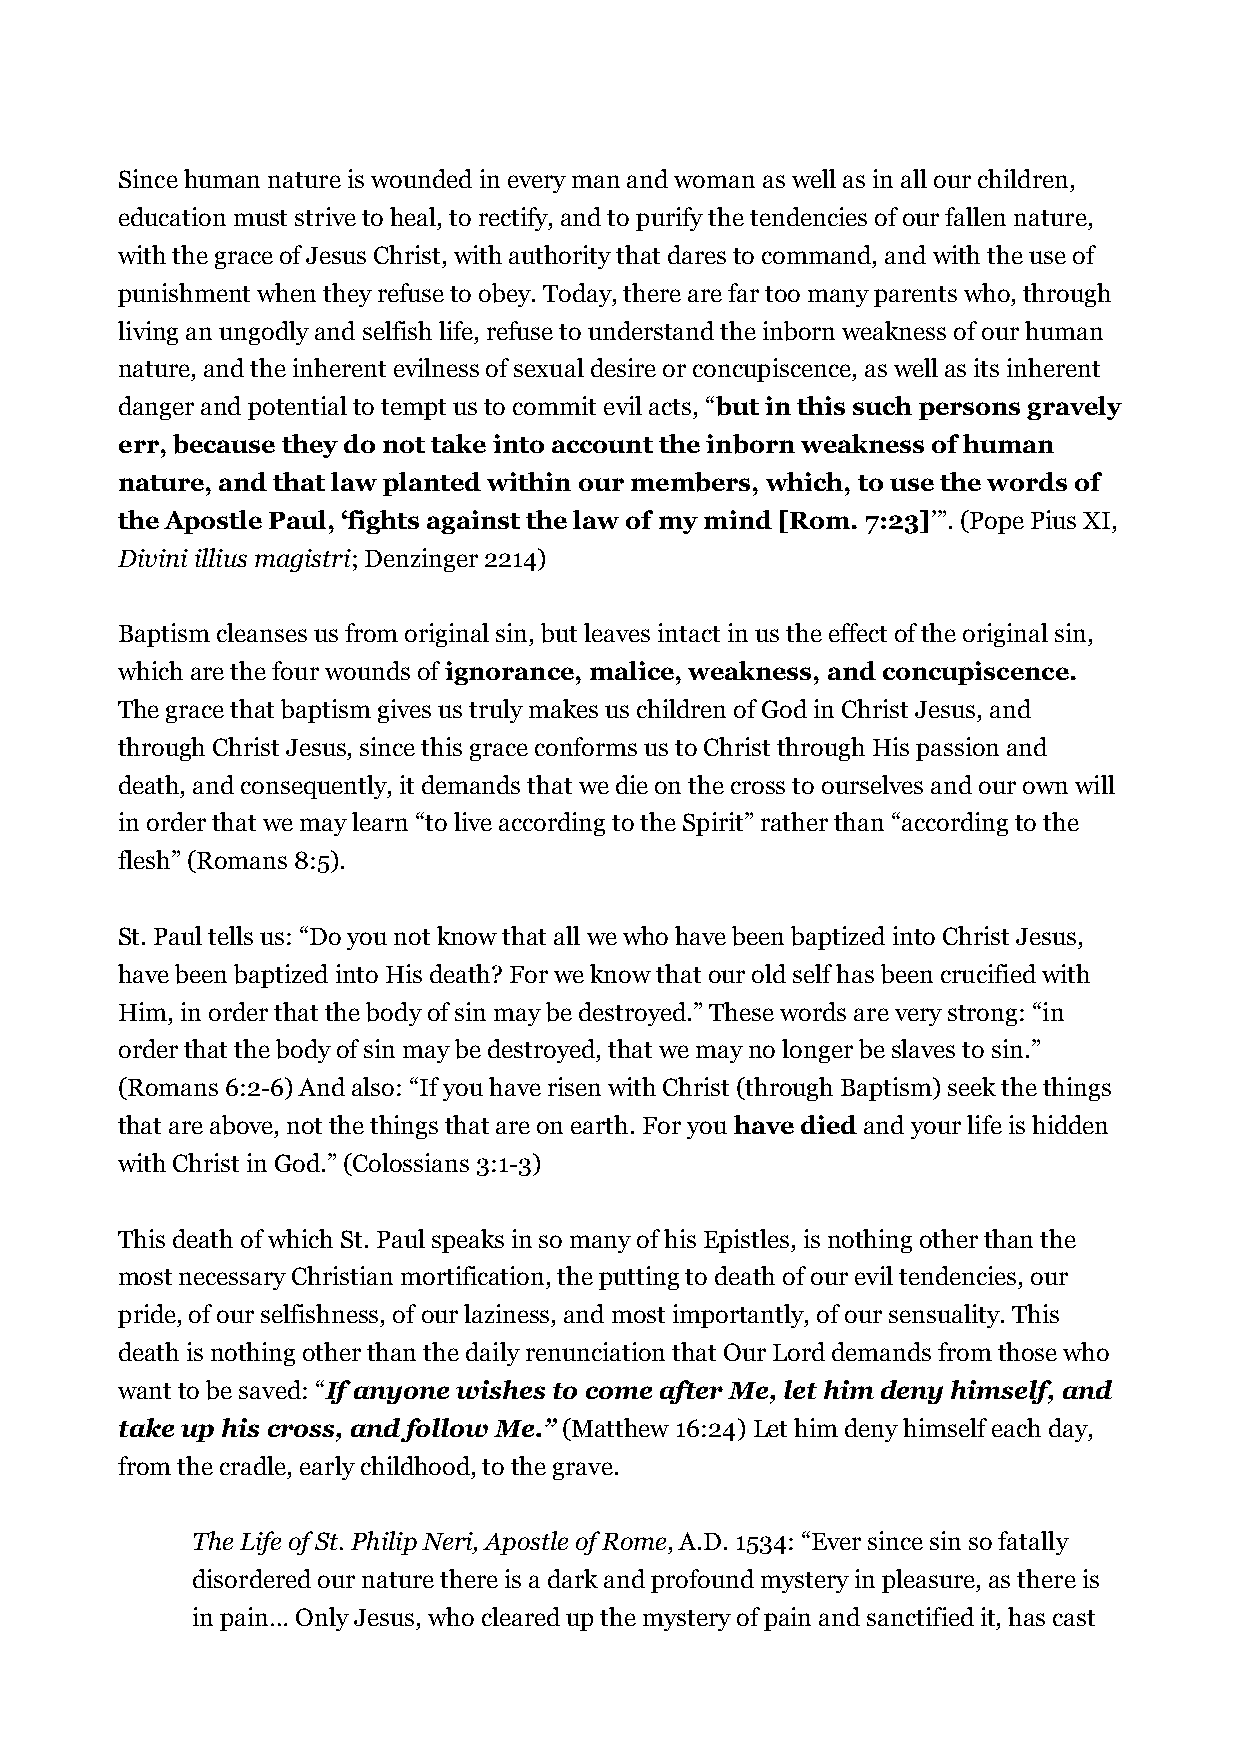
Since human nature is wounded in every man and woman as well as in all our children,
 education must strive to heal, to rectify, and to purify the tendencies of our fallen nature,
 with the grace of Jesus Christ, with authority that dares to command, and with the use of
 punishment when they refuse to obey. Today, there are far too many parents who, through
 living an ungodly and selfish life, refuse to understand the inborn weakness of our human
 nature, and the inherent evilness of sexual desire or concupiscence, as well as its inherent
 danger and potential to tempt us to commit evil acts, “but in this such persons gravely
 err, because they do not take into account the inborn weakness of human
 nature, and that law planted within our members, which, to use the words of
 the Apostle Paul, ‘fights against the law of my mind [Rom. 7:23]’”. (Pope Pius XI,
 Divini illius magistri; Denzinger 2214)
 Baptism cleanses us from original sin, but leaves intact in us the effect of the original sin,
 which are the four wounds of ignorance, malice, weakness, and concupiscence.
 The grace that baptism gives us truly makes us children of God in Christ Jesus, and
 through Christ Jesus, since this grace conforms us to Christ through His passion and
 death, and consequently, it demands that we die on the cross to ourselves and our own will
 in order that we may learn “to live according to the Spirit” rather than “according to the
 flesh” (Romans 8:5).
 St. Paul tells us: “Do you not know that all we who have been baptized into Christ Jesus,
 have been baptized into His death? For we know that our old self has been crucified with
 Him, in order that the body of sin may be destroyed.” These words are very strong: “in
 order that the body of sin may be destroyed, that we may no longer be slaves to sin.”
 (Romans 6:2-6) And also: “If you have risen with Christ (through Baptism) seek the things
 that are above, not the things that are on earth. For you have died and your life is hidden
 with Christ in God.” (Colossians 3:1-3)
 This death of which St. Paul speaks in so many of his Epistles, is nothing other than the
 most necessary Christian mortification, the putting to death of our evil tendencies, our
 pride, of our selfishness, of our laziness, and most importantly, of our sensuality. This
 death is nothing other than the daily renunciation that Our Lord demands from those who
 want to be saved: “If anyone wishes to come after Me, let him deny himself, and
 take up his cross, and follow Me.” (Matthew 16:24) Let him deny himself each day,
 from the cradle, early childhood, to the grave.
 The Life of St. Philip Neri, Apostle of Rome, A.D. 1534: “Ever since sin so fatally
 disordered our nature there is a dark and profound mystery in pleasure, as there is
 in pain… Only Jesus, who cleared up the mystery of pain and sanctified it, has cast